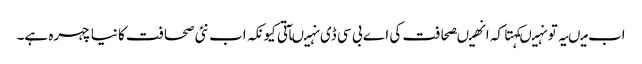
اب میںیہ تو نہیںکہتا کہ انھیںصحافت کی اے بی سی ڈی نہیںآتی کیونکہ اب نئی صحافت کا نیا چہرہ ہے۔